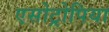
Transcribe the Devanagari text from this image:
एसोट्रोपिया